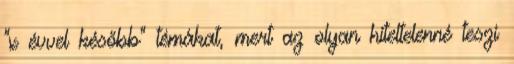
“x évvel később” témákat, mert az olyan hiteltelenné teszi